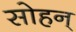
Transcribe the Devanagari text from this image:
सोहन्